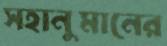
সহানুমানের